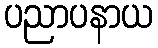
ပညာပနာယ